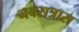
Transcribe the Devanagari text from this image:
नवरात्रास